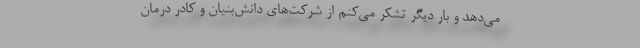
می‌دهد و بار دیگر تشکر می‌کنم از شرکت‌های دانش‌بنیان و کادر درمان